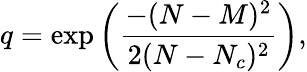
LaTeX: q=\exp\left(\frac{-(N-M)^{2}}{2(N-N_{c})^{2}}\right),